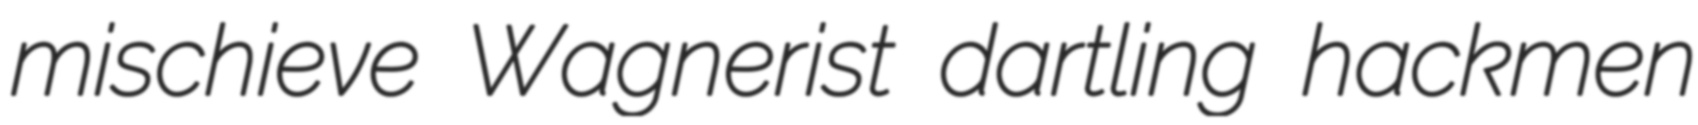
mischieve Wagnerist dartling hackmen